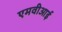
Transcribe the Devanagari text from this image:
एमवीआई